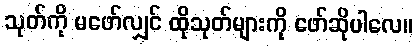
သုတ်ကို မဖော်လျှင် ထိုသုတ်များကို ဖော်ဆိုပါလေ။